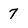
Character: 7